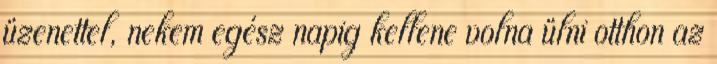
üzenettel, nekem egész napig kellene volna ülni otthon az